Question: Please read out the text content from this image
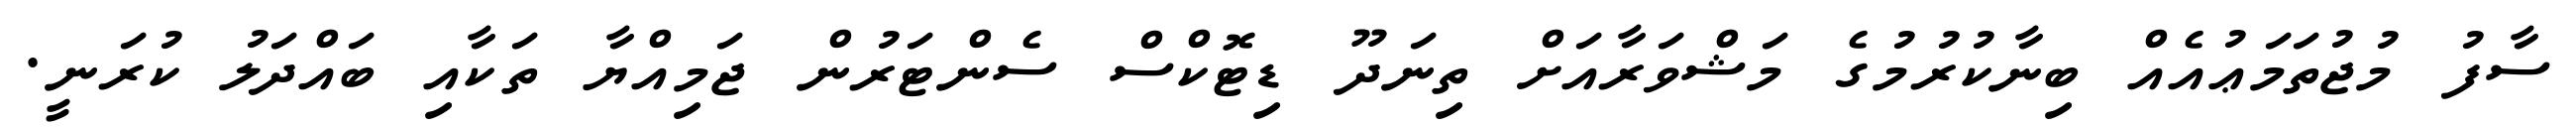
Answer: ސާފު މުޖުތަމަޢުއެއް ބިނާކުރުމުގެ މަޝްވަރާއަށް ތިނަދޫ ޑިޓޮކްސް ސެންޓަރުން ޖަމިއްޔާ ތަކާއި ބައްދަލު ކުރަނީ.